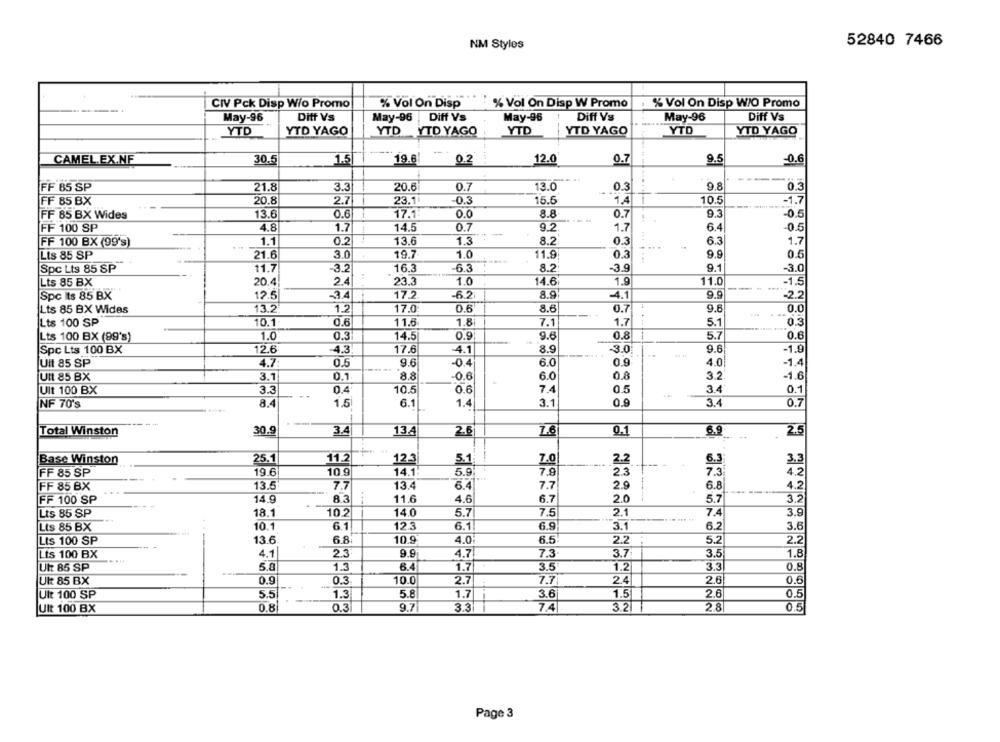
NM Styles
52840 7466
CIV Pck Disp Wio Promo
% Vol On Disp W Promo
% Vol On Disp W/O Promo
% Vol On Disp
May-96
Diff Vs
May-96
Diff Vs
May-96
Diff Vs
May-96
Diff Vs
YTD
YTD YAGO
YTD YTD YAGO
YTD
YTD YAGO
YTD
YTD YAGO
CAMEL.EX.NF
30.
1.5
19.6
0.2
12.0
0.7
9.5
-0.6
0.3
0.3
FF 85 SP
21.8
3.3
20.6
0.7
13.0
9.8
FF 85 BX
20.8
2.7
23.11
0.3
15.6
1.4
1
10.5
-1.7
FF 85 BX Wides
13.6
0.6
17.1:
0.0
8.8
0.7
9.3
-0.5
FF 100 SP
4.8
1.7
14.5
0.7
9.2
1.7
6.4
-0.5
-
FF 100 BX (99's)
1.1
0.2
13.6
1.3
8.2
0.3
6.3
1.7
Lis 85 SP
21.6
3.0
19.7
1.0
11.9
0.3
9.9
0.5
Spc Lts 85 SP
11.7
-3.2
16.3
63
8.2
-3.9
9.
-3.0
Lts 85 BX
20.4
2.4
23.3
1.0
14.6
1.9
11.0
-1.5
----.
Spc its 85 BX
12.5
-3.4
17.2
-6.2
8.9
-4.1
9.9
-2.2
Lts 85 BX Wides
13.2
1.2
17.0
0.6
8.6
0.7
9.6
.48
0.0
Lts 100 SP
10.1
0.6
11.6
1.8i
7.1
1.7
5.
0.3
Lts 100 BX (99's)
1.0
0.3
14.5
0.9
9.6
0.8
5.7
0.6
12.6
4.3
17.6
8.9
9.6
-1.9
Spc Lts 100 BX
4.1
-3.0
Uit 85 SP
4.7:
0.5
9.6
-0.4
6.0
0.9
4.0
-1.4
Ult 85 BX
3.1
0.1
8.8
0.6
6.0
0.8
3.2
-1.6
Ult 100 BX
3.3
0.4
10.5
0.6
7.4
0.5
3.4
0.1
NF 70's
8.4
1.5
6.1
1.4
3.1
0.9
3.4
0.7
--
Total Winston
30.9
3.4
13.
7.6
0.1
2.5
2.6
6.9
Base Winston
25.1
11.2
5.1
7.0
2.2
12-
6.3
3.3
FF 85 SP
19.6
10.9
14.1:
5.9
7.9
23
7.3
4.2
FF 85 BX
13.5"
7.7
13.4
6.4
7.7
2.9
6.8
4.2
83
...
11.6
2.0
3.2
FF 100 SP
14.9
4.6
6.7
5.7
18.1
10.2
14.0
5.7
7.5
2.1
7.4
3.9
Lts 85 SP
10.1
6.1
12.3
6.1
6.9
3.1
6.2
3.6
Lts 85 BX
Lts 100 SP
13.6
6.8.
10.9
4.0
6.5
2.2
5.2
2.2
Lts 100 BX
4.1
2.3
9.9
4.7
7.3
3.7
3.5
1.8
Utz 85 SP
5.8
1.3
1.7
3.5
1.2
3.3
0.8
Uk 85 BX
0.9
0.3
10.0
2.7
7.7
2.4
2.6
0.6
5.5
1.3
5.8
1.7
36
2.6
0.5
Ult 100 SP
1.5
Ult 100 BX
0.8
0.3
9.7
3.3
7.4
3.2
2.8
0.5
Page 3